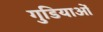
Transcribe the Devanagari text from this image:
गुडियाओं